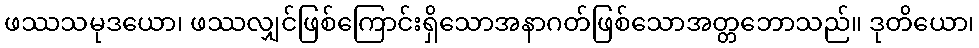
ဖဿသမုဒယော၊ ဖဿလျှင်ဖြစ်ကြောင်းရှိသောအနာဂတ်ဖြစ်သောအတ္တဘောသည်။ ဒုတိယော၊